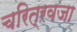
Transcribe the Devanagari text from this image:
चरित्रवजा